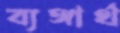
ব্যঙ্গার্থ